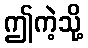
ဤကဲ့သို့